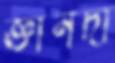
জ্ঞানদা